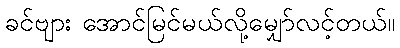
ခင်ဗျား အောင်မြင်မယ်လို့မျှော်လင့်တယ်။